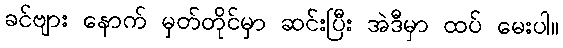
ခင်ဗျား နောက် မှတ်တိုင်မှာ ဆင်းပြီး အဲဒီမှာ ထပ် မေးပါ။